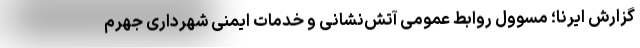
گزارش ایرنا؛ مسوول روابط عمومی آتش‌نشانی و خدمات ایمنی شهرداری جهرم